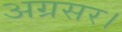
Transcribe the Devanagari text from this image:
अग्रसर।